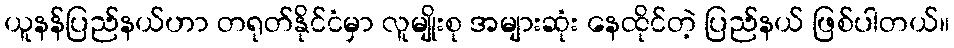
ယူနန်ပြည်နယ်ဟာ တရုတ်နိုင်ငံမှာ လူမျိုးစု အများဆုံး နေထိုင်တဲ့ ပြည်နယ် ဖြစ်ပါတယ်။